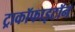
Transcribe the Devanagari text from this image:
ट्राकॉफाइटॉन